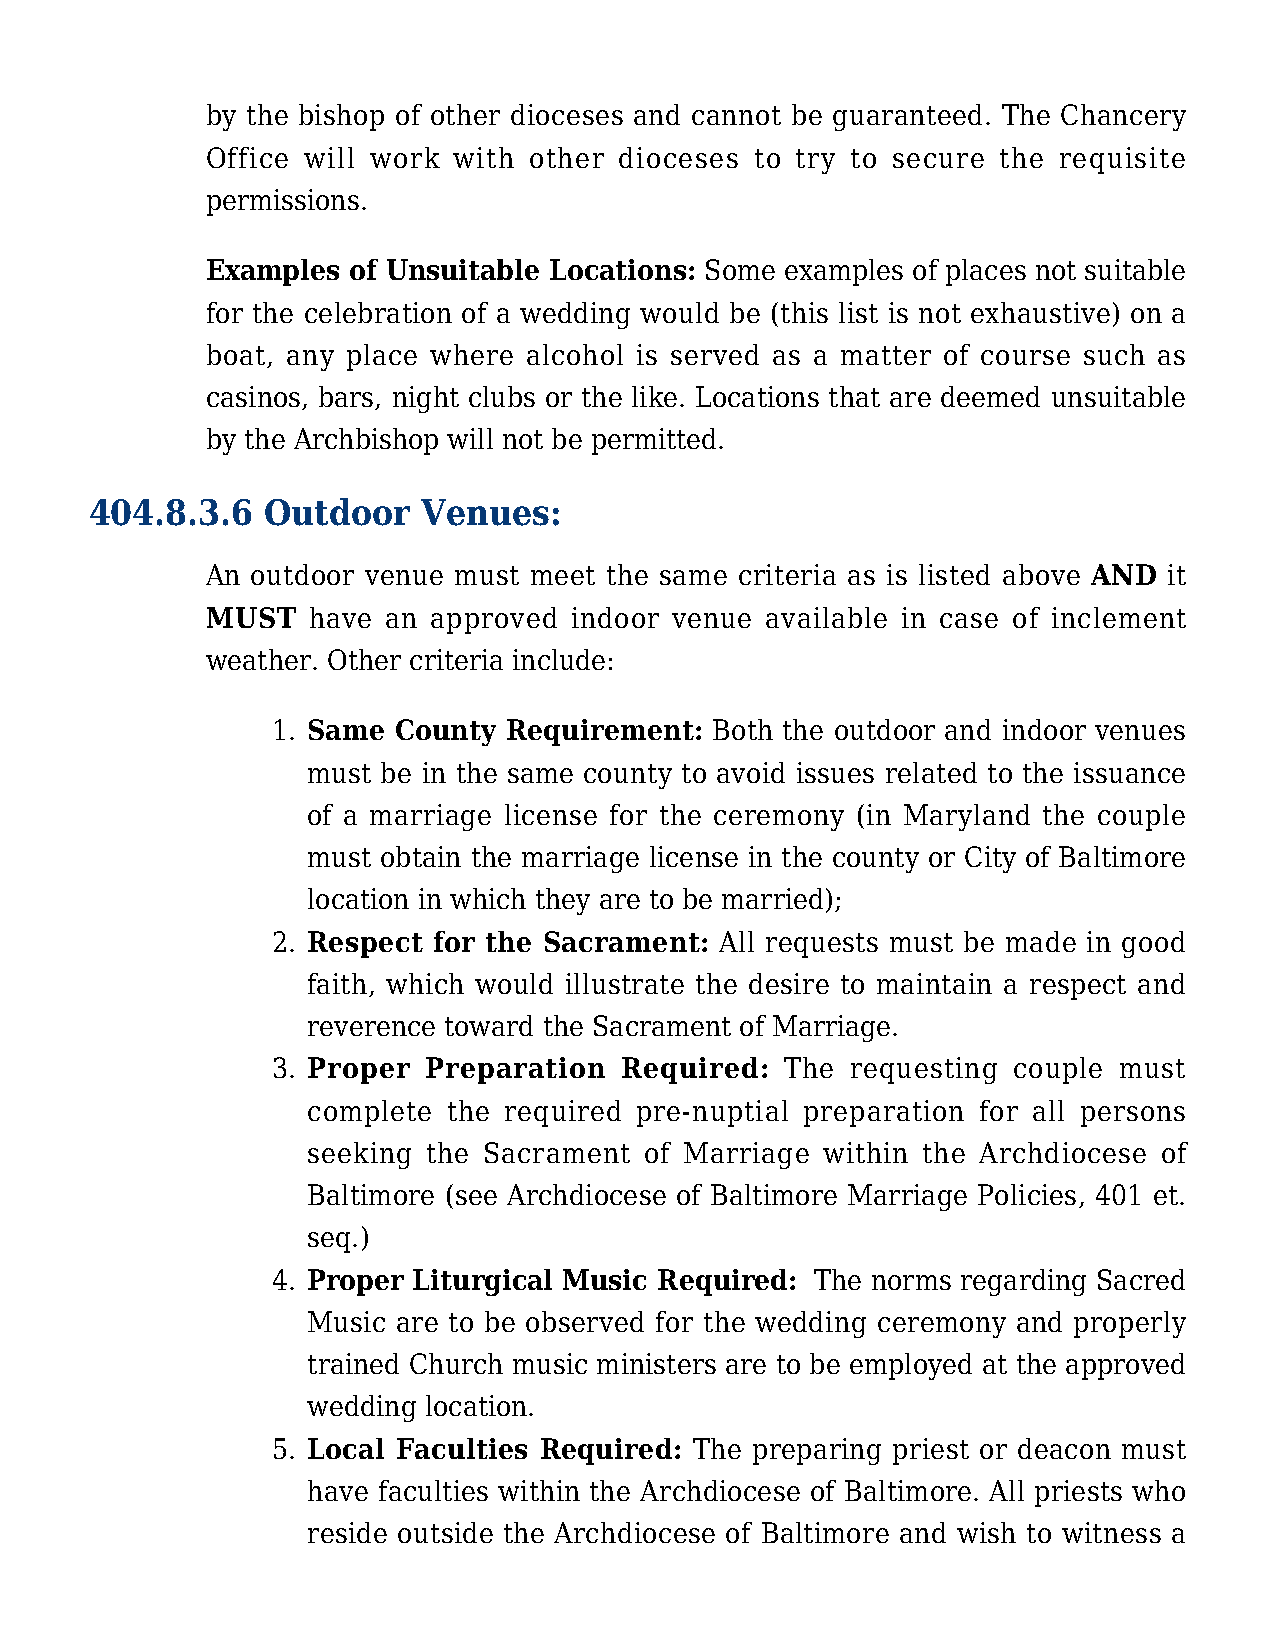
by the bishop of other dioceses and cannot be guaranteed. The Chancery
 Office will work with other dioceses to try to secure the requisite
 permissions.
 Examples of Unsuitable Locations: Some examples of places not suitable
 for the celebration of a wedding would be (this list is not exhaustive) on a
 boat, any place where alcohol is served as a matter of course such as
 casinos, bars, night clubs or the like. Locations that are deemed unsuitable
 by the Archbishop will not be permitted.
 404.8.3.6   Outdoor   Venues:
 An outdoor venue must meet the same criteria as is listed above AND it
 MUST   have an approved indoor venue available in case of inclement
 weather. Other criteria include:
 1. Same County  Requirement: Both the outdoor and indoor venues
 must be in the same county to avoid issues related to the issuance
 of a marriage license for the ceremony (in Maryland the couple
 must obtain the marriage license in the county or City of Baltimore
 location in which they are to be married);
 2. Respect for the Sacrament: All requests must be made in good
 faith, which would illustrate the desire to maintain a respect and
 reverence toward the Sacrament of Marriage.
 3. Proper Preparation  Required:  The requesting couple must
 complete  the required pre-nuptial preparation for all persons
 seeking the Sacrament  of Marriage within the Archdiocese of
 Baltimore (see Archdiocese of Baltimore Marriage Policies, 401 et.
 seq.)
 4. Proper Liturgical Music Required: The norms regarding Sacred
 Music are to be observed for the wedding ceremony and properly
 trained Church music ministers are to be employed at the approved
 wedding location.
 5. Local Faculties Required: The preparing priest or deacon must
 have faculties within the Archdiocese of Baltimore. All priests who
 reside outside the Archdiocese of Baltimore and wish to witness a